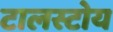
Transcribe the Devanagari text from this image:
टालस्टोय